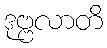
ဒုဗ္ဗလာတိ